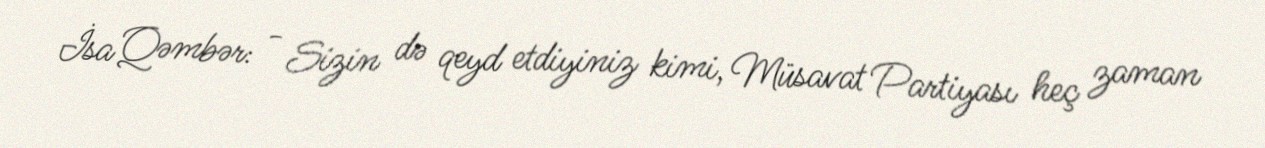
İsa Qəmbər: - Sizin də qeyd etdiyiniz kimi, Müsavat Partiyası heç zaman